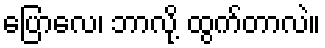
ပြောလေ၊ ဘာလို့ ထွက်တာလဲ။